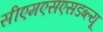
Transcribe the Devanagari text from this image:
सीएमएसएसडब्ल्यू